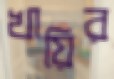
খায়ির